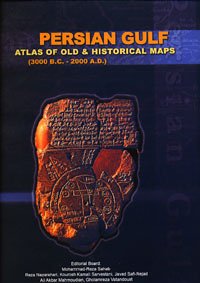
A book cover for Persian Gulf: Atlas Of Old & Historical Maps (3000 B.C. - 2000 A.D.), volumes 1 and 2; History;